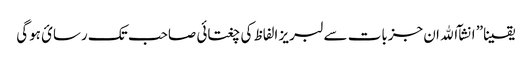
یقینا” انشآ الله ان جزبات سے لبریز الفاظ کی چغتائی صاحب تک رسائ ہوگی